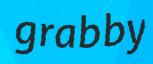
grabby